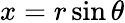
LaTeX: x=r\sin\theta